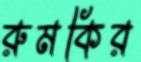
রুমকির